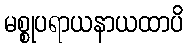
မစ္စုပရာယနာယထာပိ